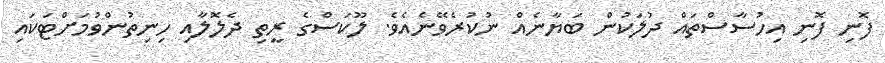
ފޮނި ފޮނި އިހުސާސްތައް ދުލަކުން ބަޔާނެއް ނުކުރެވޭނެއެވެ. ލޫކަސްގެ ރީތި ދެލޮލާއި ހިނިތުންވުމަށްޓަކައި